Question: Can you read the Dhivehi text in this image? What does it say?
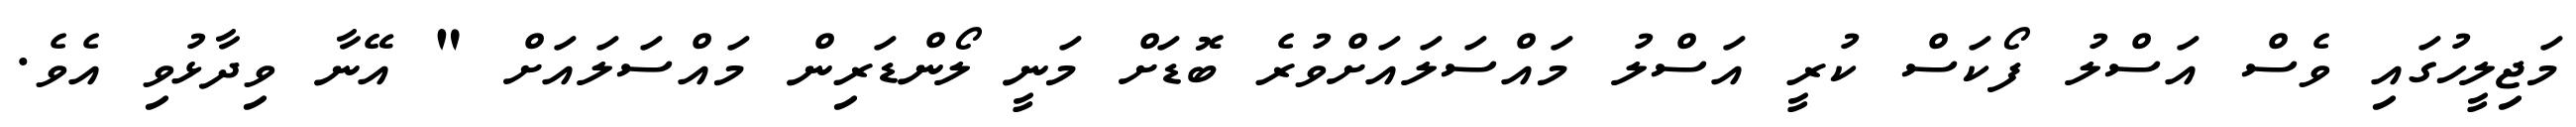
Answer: މަޖިލީހުގައި ވެސް އަސްލު ފޯކަސް ކުރީ އަސްލު މައްސަލައަށްވުރެ ބޮޑަށް މަނީ ލޯންޑަރިން މައްސަލައަށް " އޭނާ ވިދާޅުވި އެވެ.